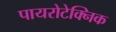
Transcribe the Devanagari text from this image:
पायरोटेक्निक